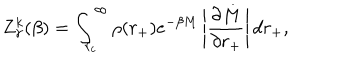
LaTeX: Z _ { \gamma } ^ { k } ( \beta ) = \int _ { r _ { c } } ^ { \infty } \rho ( r _ { + } ) e ^ { - \beta M } \left| \frac { \partial M } { \partial r _ { + } } \right| d r _ { + } ,